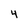
Character: 4